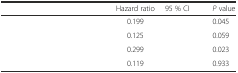
<table><thead><tr><td>[EMPTY_CELL]</td><td><b>Hazard ratio</b></td><td><b>95 % CI</b></td><td><b><i>P</i> value</b></td></tr></thead><tbody><tr><td>[EMPTY_CELL]</td><td>0.199</td><td>[EMPTY_CELL]</td><td>0.045</td></tr><tr><td>[EMPTY_CELL]</td><td>0.125</td><td>[EMPTY_CELL]</td><td>0.059</td></tr><tr><td>[EMPTY_CELL]</td><td>0.299</td><td>[EMPTY_CELL]</td><td>0.023</td></tr><tr><td>[EMPTY_CELL]</td><td>0.119</td><td>[EMPTY_CELL]</td><td>0.933</td></tr></tbody></table>